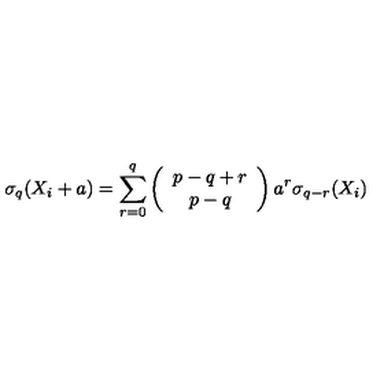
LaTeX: \sigma _ { q } ( X _ { i } + a ) = \sum _ { r = 0 } ^ { q } \left( \begin{array} { c } { p - q + r } \\ { p - q } \\ \end{array} \right) a ^ { r } \sigma _ { q - r } ( X _ { i } )